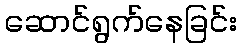
ဆောင်ရွက်နေခြင်း